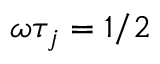
\omega \tau _ { j } = 1 / 2